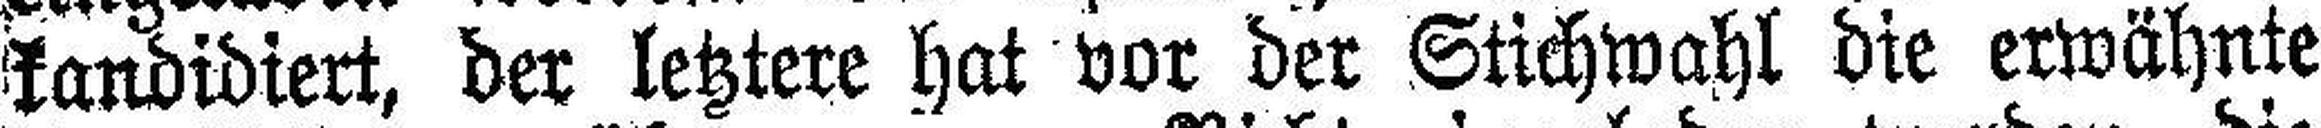
kandidiert, der letztere hat vor der Stichwahl die erwähnte